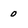
Character: 0